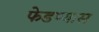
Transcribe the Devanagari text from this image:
फेडण्यास